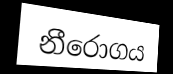
නීරොගය